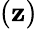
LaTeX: \left({\mathbf{z}}\right)